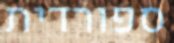
ספורדית